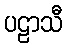
ပဠာသီ